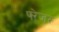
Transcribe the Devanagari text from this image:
फ्ऱेजर